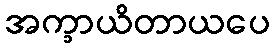
အက္ခာယိတာယပေ